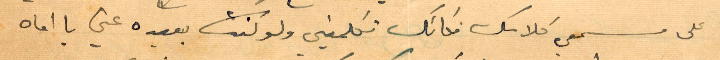
على مسمعي كلامك بكائك تكلميني ولو كنت بعيدة عني يا اماه